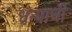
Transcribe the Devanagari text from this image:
धन्याची